Leaving Certificate Examination, 1902
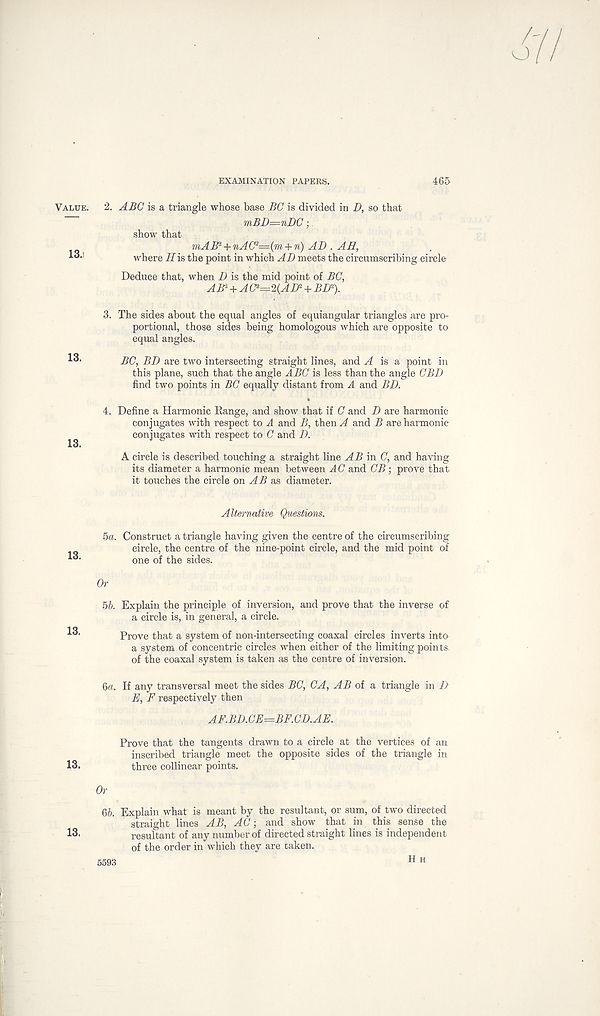
EXAMINATION PAPERS.
465
Value.
13.i
13.
13.
13.
13.
13.
13.
2. ABC is a triangle whose base BG is divided in D, so that
mBD—nDC;
show that mAB 2 + nAC 2 —(m + n) AD . AH,
where His the point in which AD meets the circumscribing circle
Deduce that, when D is the mid point of BC,
AB 2 +A C 2 =^2(AB 2 + BD 2 ).
3. The sides about the equal angles of equiangular triangles are pro-
portional, those sides being homologous which are opposite to
equal angles.
BC, BD are two intersecting straight lines, and ^4 is a point in
this plane, such that the angle ABC is less than the angle CBD
find two points in BC equally distant from A and BD.
4. Define a Harmonic Eange, and show that if C and D are harmonic
conjugates with respect to A and B, then A and B are harmonic
conjugates with respect to C and D.
A circle is described touching a straight line AB in C, and having
its diameter a harmonic mean between AC and CB; prove that
it touches the circle on AB as diameter.
Alternative Questions.
ha. Construct a triangle having given the centre of the circumscribing
circle, the centre of the nine-point circle, and the mid point of
one of the sides.
Or
hb. Explain the principle of inversion, and prove that the inverse of
a circle is, in general, a circle.
Prove that a system of non-intersecting coaxal circles inverts into
a system of concentric circles when either of the limiting points
of the coaxal system is taken as the centre of inversion.
6ft. If any transversal meet the sides BC, CA, AB of a triangle in D
E, F respectively then
AF.BD.CE=BF.CD.AE.
Prove that the tangents drawn to a circle at the vertices of an
inscribed triangle meet the opposite sides of the triangle in
three collinear points.
Or
66. Explain what is meant by the resultant, or sum, of two directed
straight lines AB, AC; and show that in this sense the
resultant of any number of directed straight lines is independent
of the order in which they are taken.